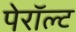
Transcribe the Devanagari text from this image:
पेरॉल्ट